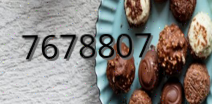
7678807